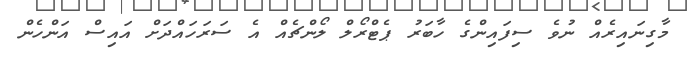
މާގިނައިރެއް ނުވެ ސިފައިންގެ ހާބަރު ޕެޓްރޯލް ލޯންޗެއް އެ ސަރަހައްދަށް އައިސް އަންހެން